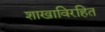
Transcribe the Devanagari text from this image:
शाखाविरहित